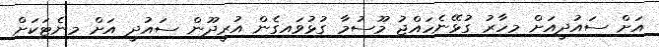
އަށް ސައުދީއަށް މިހާރު ގުޅޭނެހައްޖު މޫސުމާ ގުޅުވައިގެން އުރީދޫން ސައުދީ އަށް މިނެޓަކަށް